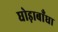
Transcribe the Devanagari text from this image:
घोड़ाबाँधा